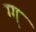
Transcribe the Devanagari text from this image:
ग्ग्